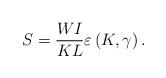
LaTeX: \begin{align*}S = \frac{{WI}}{{KL}}\varepsilon \left( {K,\gamma } \right).\end{align*}